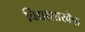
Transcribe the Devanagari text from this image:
विद्याशाखेचा